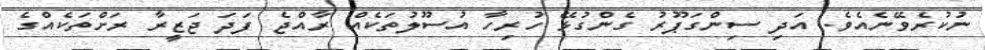
ނުކުރެވޭނެއެވެ. އަދި ސިންގަޕޫރު ގެންގުޅޭ ހުރިހާ އުސޫލުތަކެއް ރާއްޖެ ފަދަ ޖަޒީރާ ރަށްތަކެއްގެ